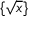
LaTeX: \{ { \sqrt { x } } \}